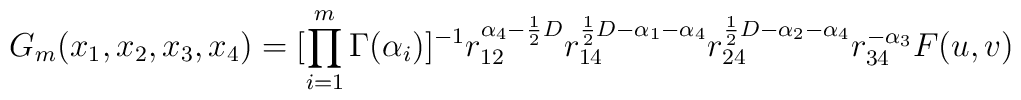
G_m(x_1, x_2, x_3, x_4) = [\prod_{i=1}^m\Gamma(\alpha_i)]^{-1} r_{12}^{\alpha_4-\frac{1}{2}D} r_{14}^{\frac{1}{2}D-\alpha_1-\alpha_4} r_{24}^{\frac{1}{2}D-\alpha_2-\alpha_4} r_{34}^{-\alpha_3} F(u,v)